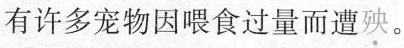
有许多宠物因喂食过量而遭殃。